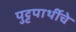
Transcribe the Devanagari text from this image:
पुट्टपार्थीचे